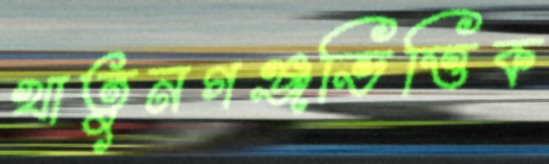
খাতুনগঞ্জভিত্তিক